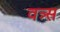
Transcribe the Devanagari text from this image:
वत्र्स